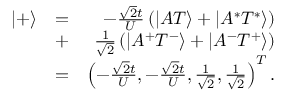
\begin{array} { r l r } { | + \rangle } & { = } & { - \frac { \sqrt { 2 } t } { U } \left( | A T \rangle + | A ^ { * } T ^ { * } \rangle \right) } \\ & { + } & { \frac { 1 } { \sqrt { 2 } } \left( | A ^ { + } T ^ { - } \rangle + | A ^ { - } T ^ { + } \rangle \right) } \\ & { = } & { \left( - \frac { \sqrt { 2 } t } { U } , - \frac { \sqrt { 2 } t } { U } , \frac { 1 } { \sqrt { 2 } } , \frac { 1 } { \sqrt { 2 } } \right) ^ { T } . } \end{array}